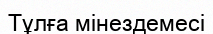
Тұлға мінездемесі